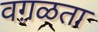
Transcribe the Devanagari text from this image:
वग़ळता